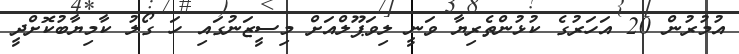
އުމުރުން 20 އަހަރުގެ ކުޅުންތެރިޔާ ވަނީ ލިވަޕޫލްއަށް މިސީޒަނުގައި ހަ ގޯލު ކާމިޔާބުކޮށްދީ